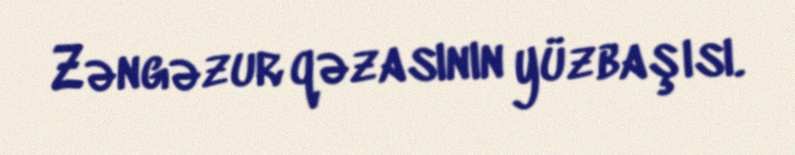
Zəngəzur qəzasının yüzbaşısı.